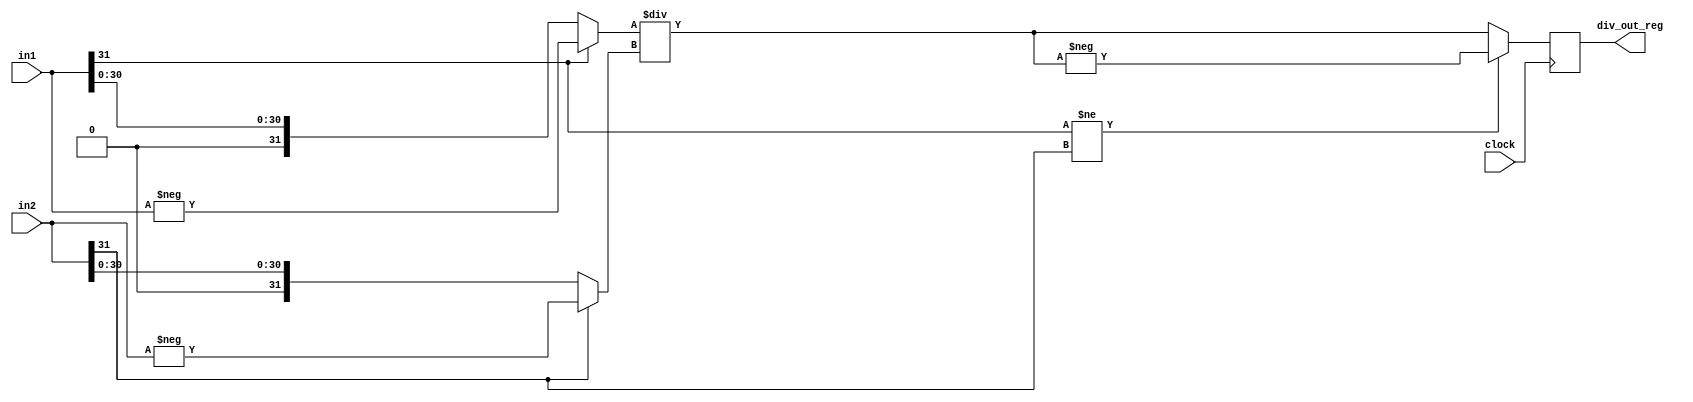
/*
 * Copyright (c) 2006, Peter M. Chen.  All rights reserved.  This software is
 * supplied as is without expressed or implied warranties of any kind.
 */

/*
 * Compute signed division.
 */

module div(
    input wire clock,
    input wire [31:0] in1,
    input wire [31:0] in2,
    output reg [31:0] div_out_reg);

    reg [31:0] in1_pos;
    reg [31:0] in2_pos;
    reg [31:0] out;

    always @* begin
        // out = in1 / in2;
	if (in1[31] == 1'b1) begin
	    in1_pos = -in1;
	end else begin
	    in1_pos = in1;
	end

	if (in2[31] == 1'b1) begin
	    in2_pos = -in2;
	end else begin
	    in2_pos = in2;
	end

        out = in1_pos / in2_pos;

	if (in1[31] != in2[31]) begin
	    out = -out;
	end
    end

    /*
     * This register exists (and is named uniquely) so I can specify
     * it as a destination for a multicycle timing constraint.
     */
    always @(posedge clock) begin
        div_out_reg <= out;
    end

endmodule